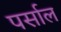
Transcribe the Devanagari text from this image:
पर्साल